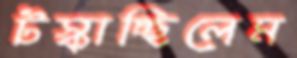
টস্‌কাচ্ছিলেম